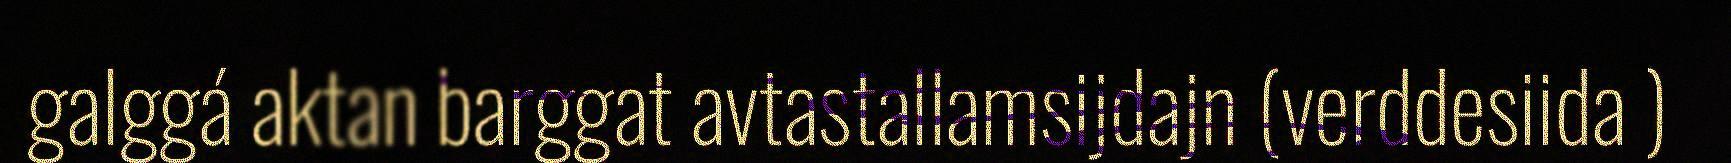
galggá aktan barggat avtastallamsijdajn (verddesiida )